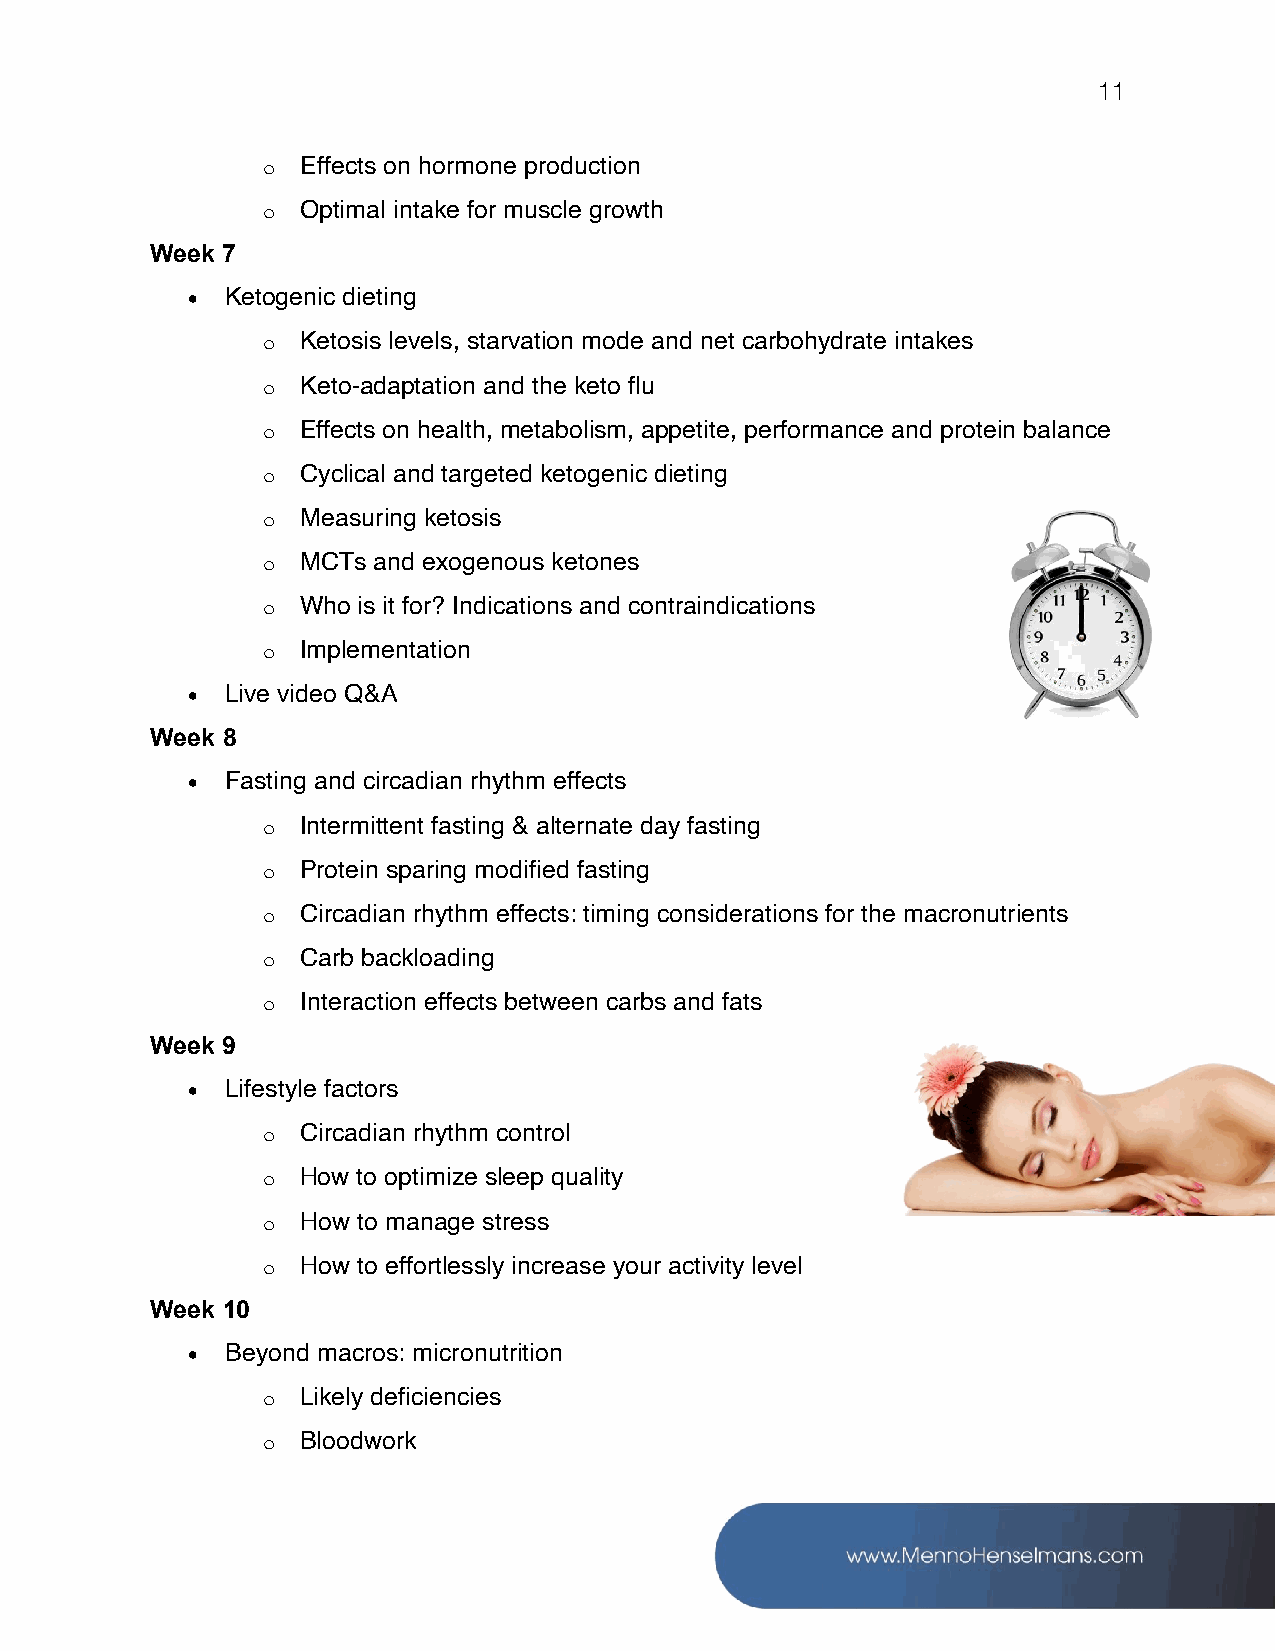
11
 o  Effects on hormone production
 o  Optimal intake for muscle growth
 Week 7
 •  Ketogenic dieting
 o  Ketosis levels, starvation mode and net carbohydrate intakes
 o  Keto-adaptation and the keto flu
 o  Effects on health, metabolism, appetite, performance and protein balance
 o  Cyclical and targeted ketogenic dieting
 o  Measuring ketosis
 o  MCTs and exogenous ketones
 o  Who is it for? Indications and contraindications
 o  Implementation
 •  Live video Q&A
 Week 8
 •  Fasting and circadian rhythm effects
 o  Intermittent fasting & alternate day fasting
 o  Protein sparing modified fasting
 o  Circadian rhythm effects: timing considerations for the macronutrients
 o  Carb backloading
 o  Interaction effects between carbs and fats
 Week 9
 •  Lifestyle factors
 o  Circadian rhythm control
 o  How to optimize sleep quality
 o  How to manage stress
 o  How to effortlessly increase your activity level
 Week 10
 •  Beyond macros: micronutrition
 o  Likely deficiencies
 o  Bloodwork